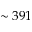
\sim 3 9 1